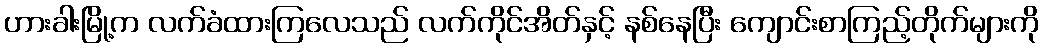
ဟားခါးမြို့က လက်ခံထားကြလေသည် လက်ကိုင်အိတ်နှင့် နစ်နေပြီး ကျောင်းစာကြည့်တိုက်များကို